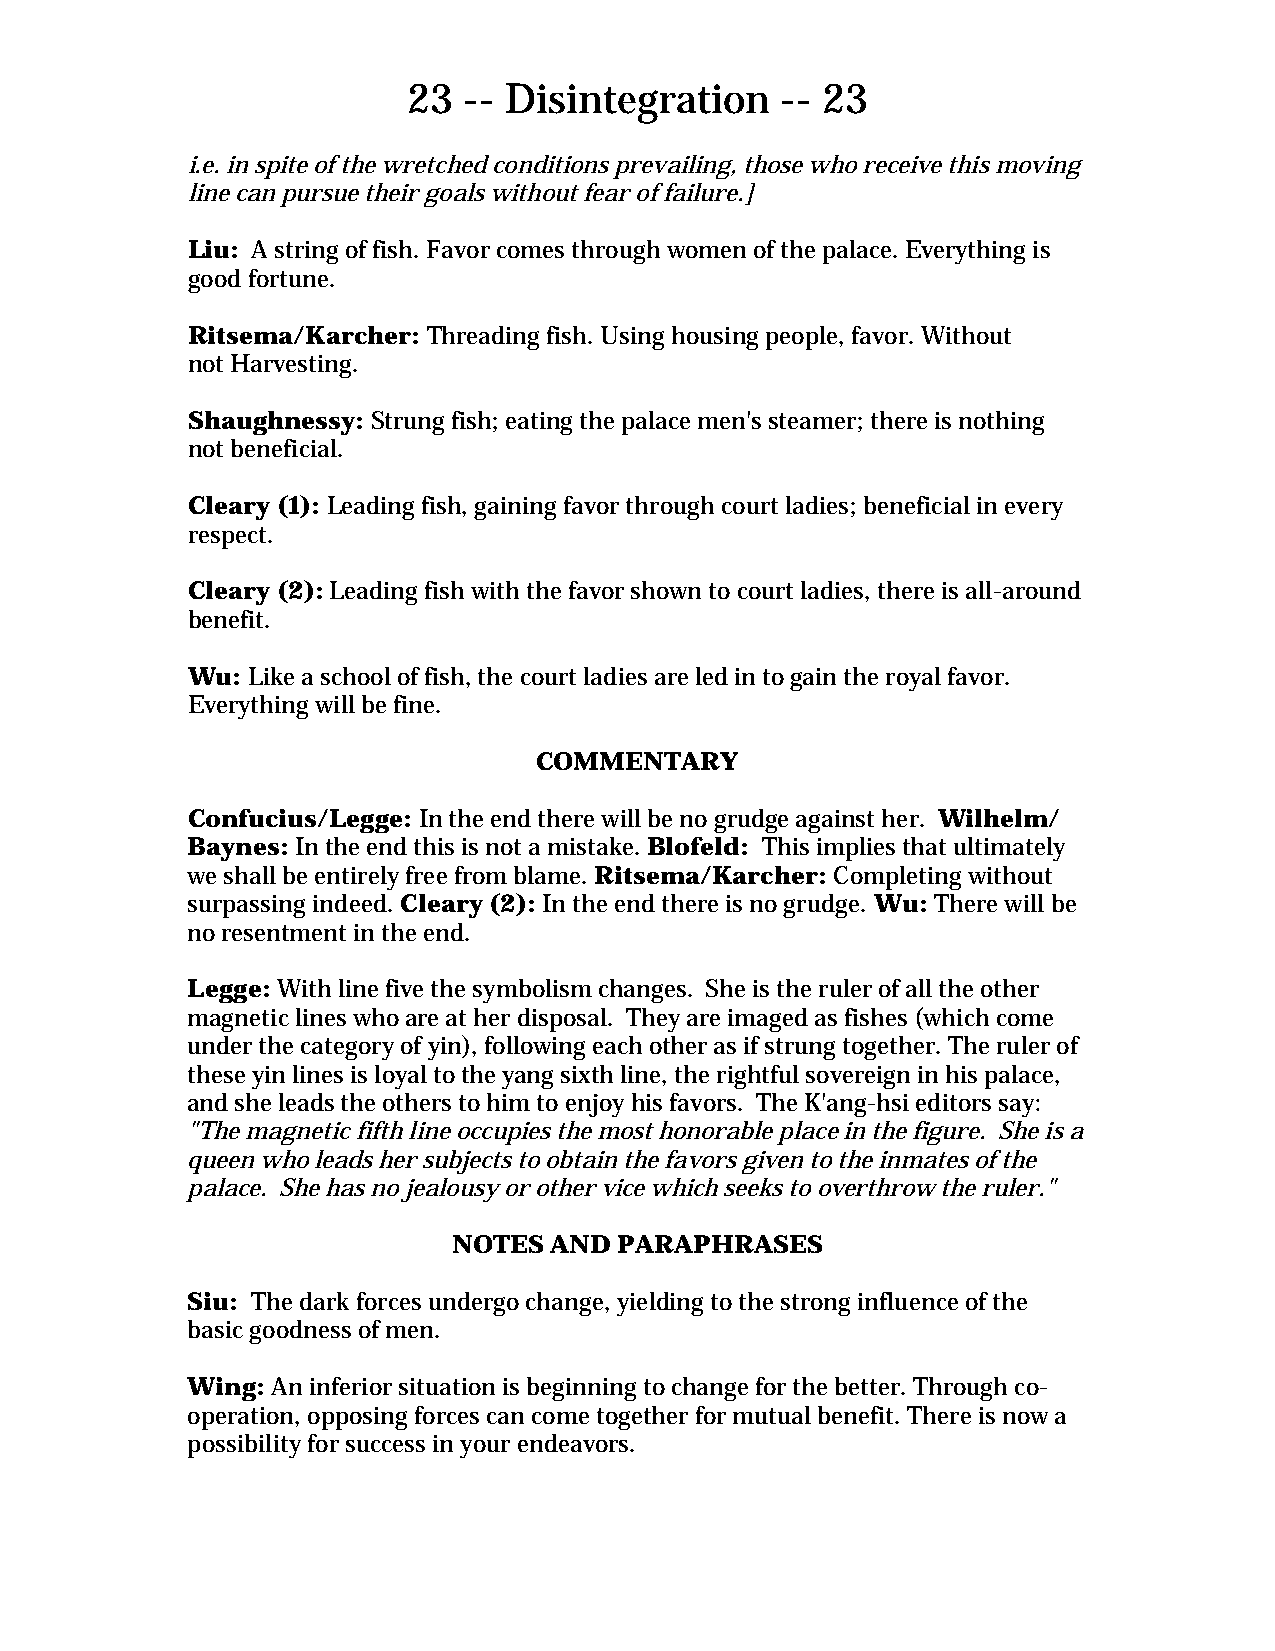
23  -- Disintegration    -- 23
 i.e. in spite of the wretched conditions prevailing, those who receive this moving
 line can pursue their goals without fear of failure.]
 Liu: A string of fish. Favor comes through women of the palace. Everything is
 good fortune.
 Ritsema/Karcher: Threading fish. Using housing people, favor. Without
 not Harvesting.
 Shaughnessy: Strung fish; eating the palace men's steamer; there is nothing
 not beneficial.
 Cleary (1): Leading fish, gaining favor through court ladies; beneficial in every
 respect.
 Cleary (2): Leading fish with the favor shown to court ladies, there is all-around
 benefit.
 Wu: Like a school of fish, the court ladies are led in to gain the royal favor.
 Everything will be fine.
 COMMENTARY
 Confucius/Legge: In the end there will be no grudge against her. Wilhelm/
 Baynes: In the end this is not a mistake. Blofeld: This implies that ultimately
 we shall be entirely free from blame. Ritsema/Karcher: Completing without
 surpassing indeed. Cleary (2): In the end there is no grudge. Wu: There will be
 no resentment in the end.
 Legge: With line five the symbolism changes. She is the ruler of all the other
 magnetic lines who are at her disposal. They are imaged as fishes (which come
 under the category of yin), following each other as if strung together. The ruler of
 these yin lines is loyal to the yang sixth line, the rightful sovereign in his palace,
 and she leads the others to him to enjoy his favors. The K'ang-hsi editors say:
 "The magnetic fifth line occupies the most honorable place in the figure. She is a
 queen who leads her subjects to obtain the favors given to the inmates of the
 palace. She has no jealousy or other vice which seeks to overthrow the ruler."
 NOTES AND  PARAPHRASES
 Siu: The dark forces undergo change, yielding to the strong influence of the
 basic goodness of men.
 Wing: An inferior situation is beginning to change for the better. Through co-
 operation, opposing forces can come together for mutual benefit. There is now a
 possibility for success in your endeavors.